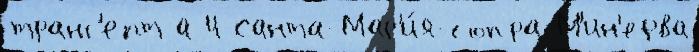
транс'епт а 4 Санта-Мар'и́я-сопра-М'ин'ерва